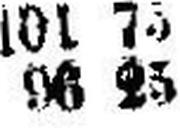
96 25